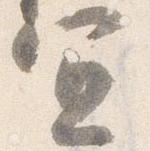
宜